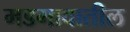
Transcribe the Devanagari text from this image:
मडगावातील